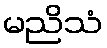
မညိသံ